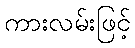
ကားလမ်းဖြင့်